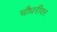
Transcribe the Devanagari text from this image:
चौधरींवर